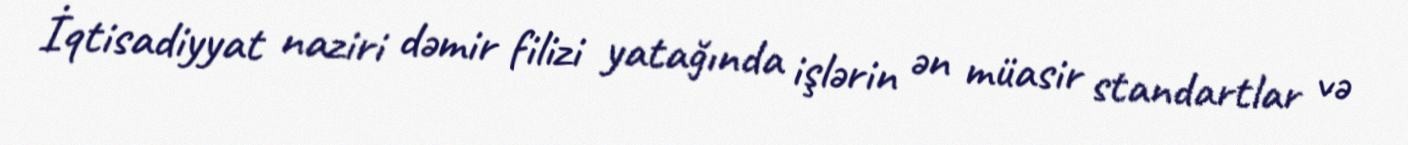
İqtisadiyyat naziri dəmir filizi yatağında işlərin ən müasir standartlar və